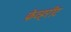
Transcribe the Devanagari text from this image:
फेव्हरीट